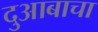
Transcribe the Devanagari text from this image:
दुआबाचा